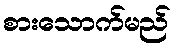
စားသောက်မည်